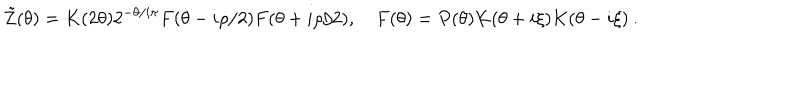
LaTeX: \tilde { Z } ( \theta ) = K ( 2 \theta ) 2 ^ { - \theta / i \pi } F ( \theta - i \rho / 2 ) F ( \theta + i \rho / 2 ) , \quad F ( \theta ) = P ( \theta ) K ( \theta + i \xi ) K ( \theta - i \xi ) \: .